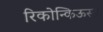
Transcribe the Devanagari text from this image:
रिकोन्किऊस्त